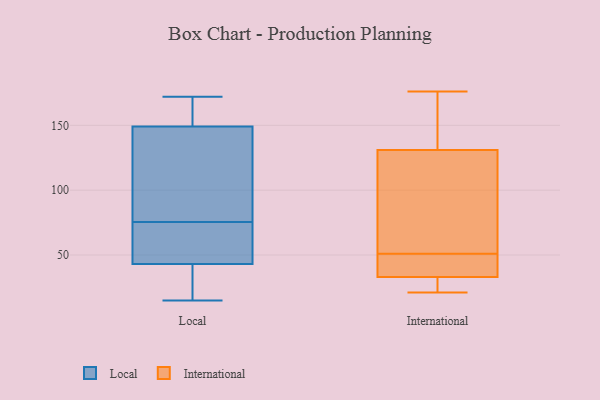
{"axis": {"x": "Revenue (USD Million)", "y": "Value"}, "legend": ["International", "Local"], "data": [{"x": "", "y": 104, "type": "Local"}, {"x": "", "y": 70, "type": "Local"}, {"x": "", "y": 152, "type": "Local"}, {"x": "", "y": 40, "type": "Local"}, {"x": "", "y": 126, "type": "Local"}, {"x": "", "y": 15, "type": "Local"}, {"x": "", "y": 149, "type": "Local"}, {"x": "", "y": 34, "type": "Local"}, {"x": "", "y": 156, "type": "Local"}, {"x": "", "y": 61, "type": "Local"}, {"x": "", "y": 33, "type": "Local"}, {"x": "", "y": 155, "type": "Local"}, {"x": "", "y": 43, "type": "Local"}, {"x": "", "y": 81, "type": "Local"}, {"x": "", "y": 172, "type": "Local"}, {"x": "", "y": 57, "type": "Local"}, {"x": "", "y": 148, "type": "Local"}, {"x": "", "y": 68, "type": "Local"}, {"x": "", "y": 21, "type": "International"}, {"x": "", "y": 123, "type": "International"}, {"x": "", "y": 43, "type": "International"}, {"x": "", "y": 59, "type": "International"}, {"x": "", "y": 176, "type": "International"}, {"x": "", "y": 166, "type": "International"}, {"x": "", "y": 33, "type": "International"}, {"x": "", "y": 131, "type": "International"}, {"x": "", "y": 42, "type": "International"}, {"x": "", "y": 29, "type": "International"}]}